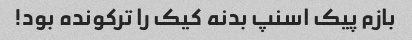
بازم پیک اسنپ بدنه کیک را ترکونده بود!